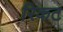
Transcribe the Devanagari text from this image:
रिकट